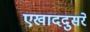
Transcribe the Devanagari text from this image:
एखाददुसरे